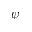
\psi